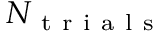
N _ { \mathrm { ~ t ~ r ~ i ~ a ~ l ~ s ~ } }